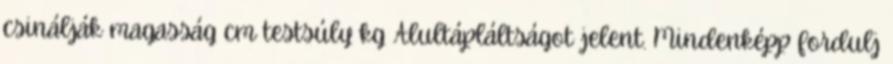
csinálják magasság cm testsúly kg Alultápláltságot jelent. Mindenképp fordulj